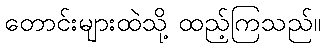
တောင်းများထဲသို့ ထည့်ကြသည်။